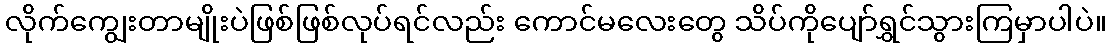
လိုက်ကျွေးတာမျိုးပဲဖြစ်ဖြစ်လုပ်ရင်လည်း ကောင်မလေးတွေ သိပ်ကိုပျော်ရွှင်သွားကြမှာပါပဲ။